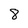
Character: 8